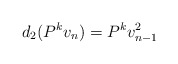
\begin{align*} d_2(P^kv_n) = P^k v_{n-1}^2\end{align*}